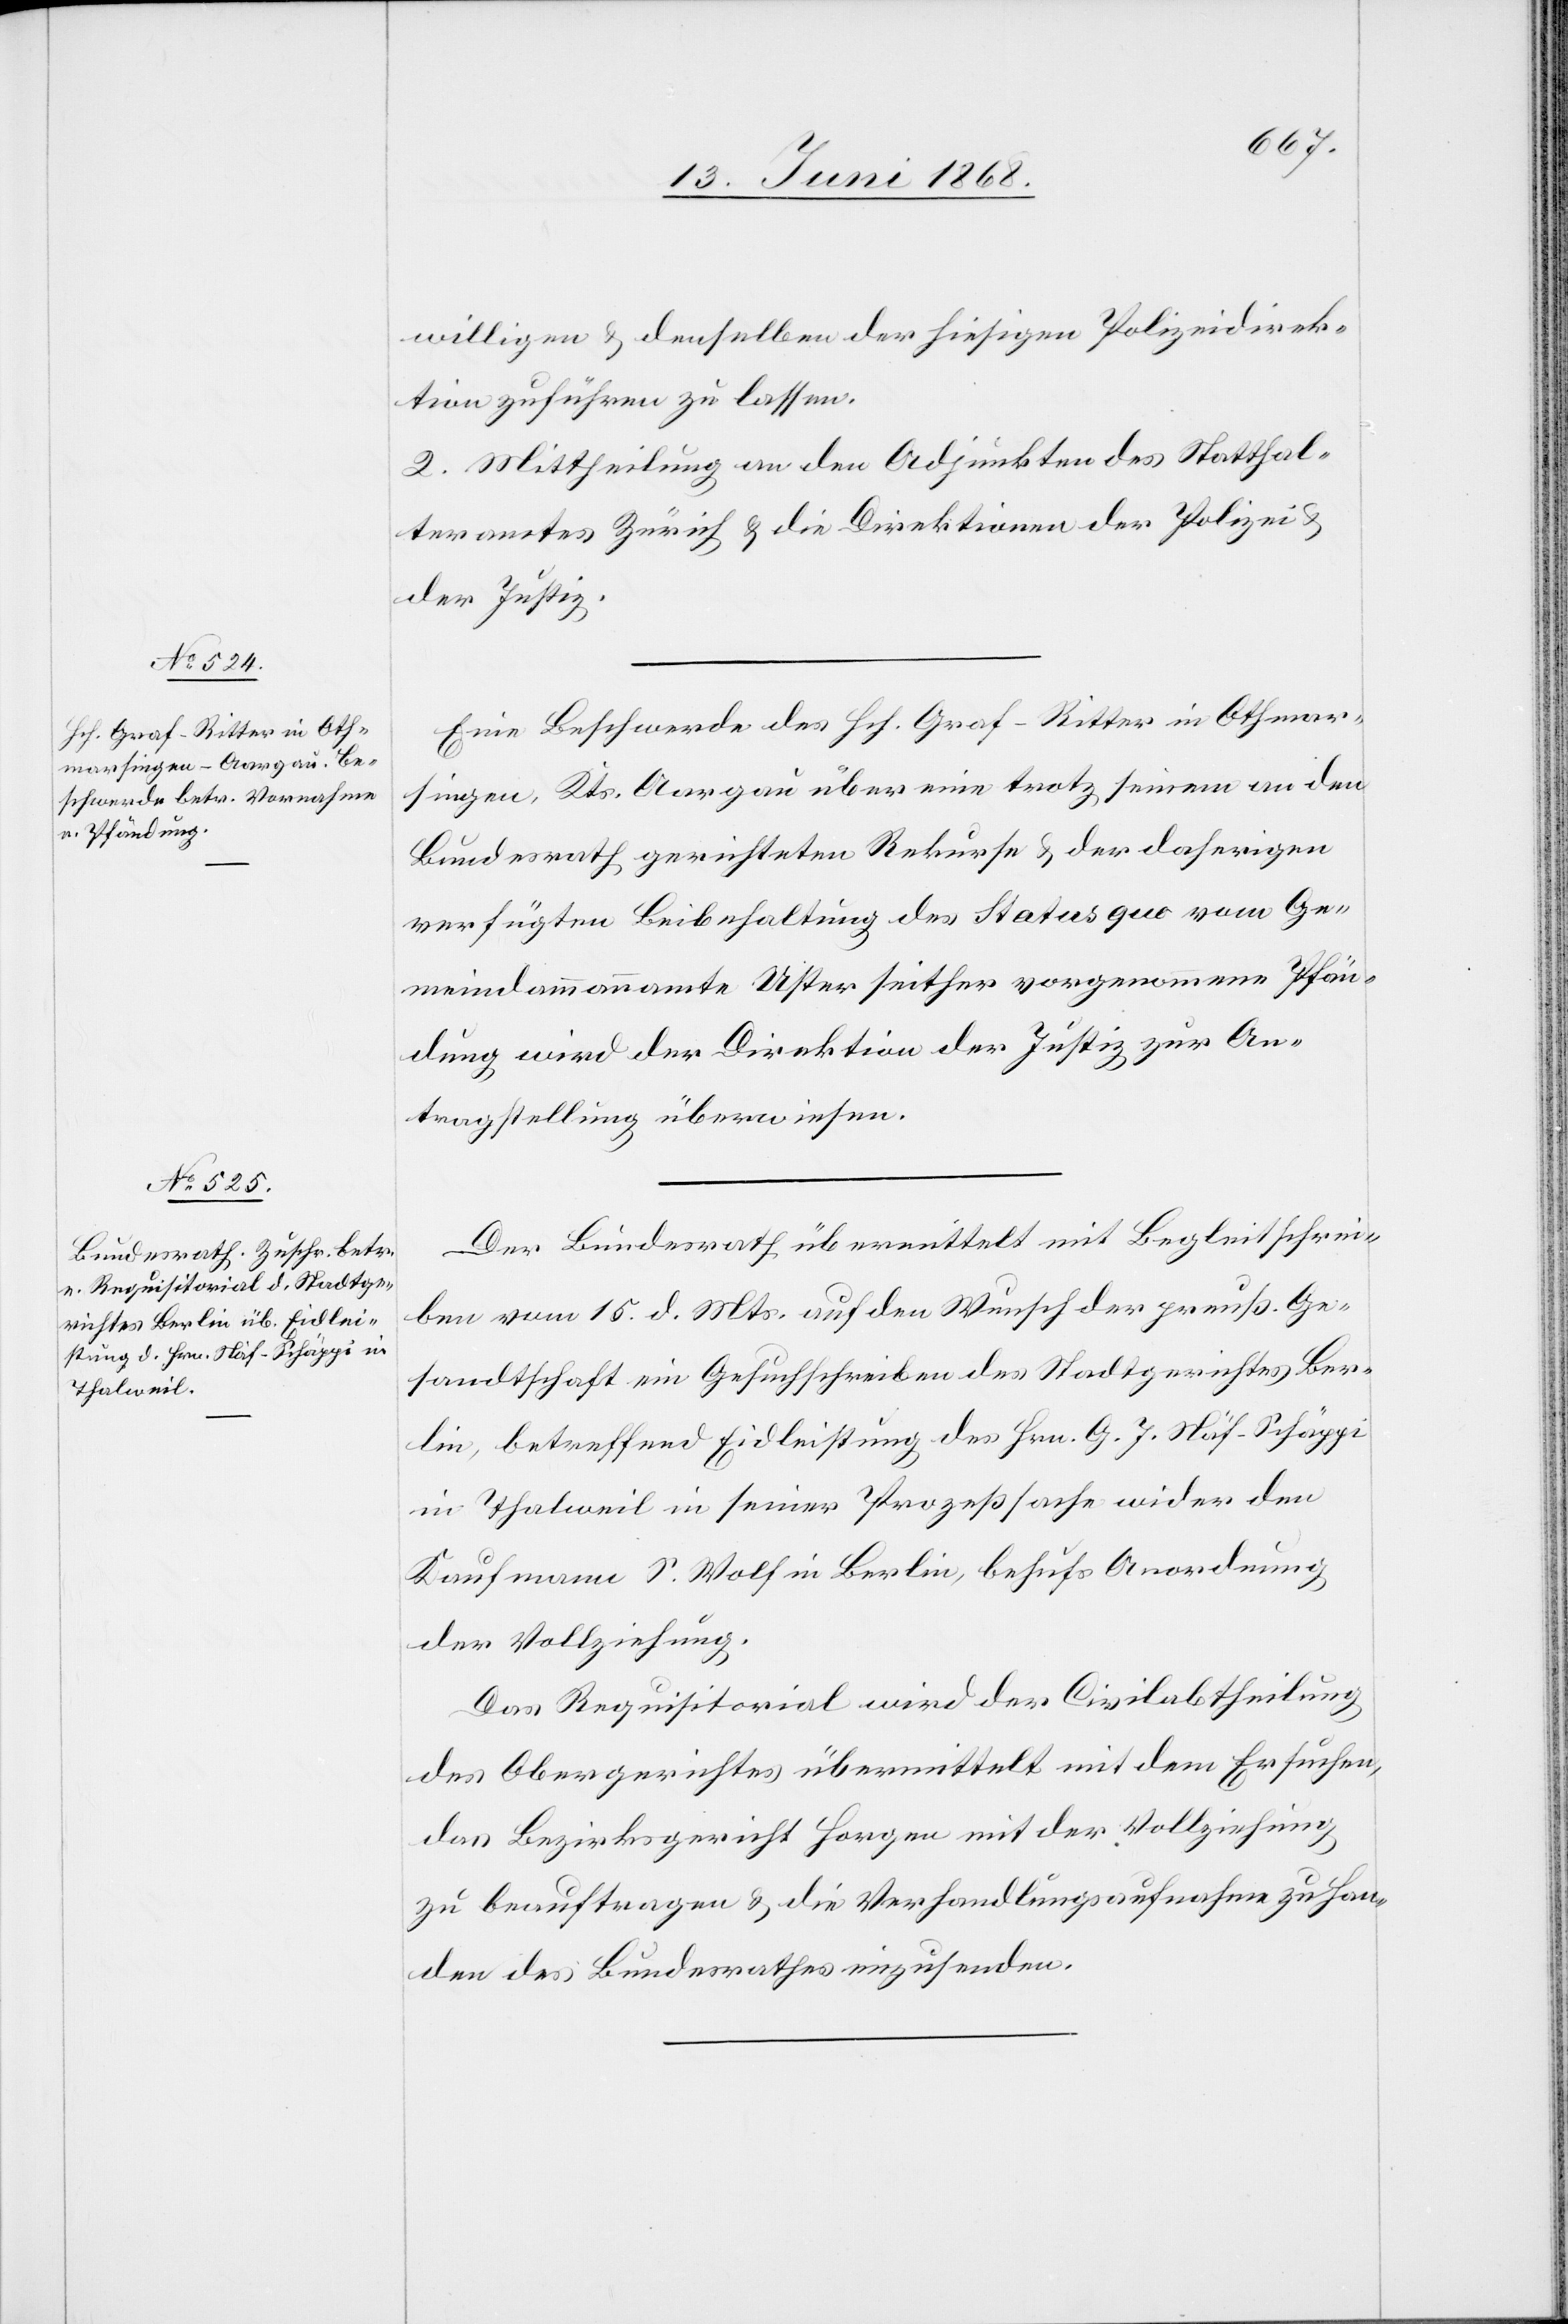
16. Juni 1868.]
willigen & denselben der hiesigen Polizeidirek¬
tion zuführen zu lassen.
2. Mittheilung an den Adjunkten des Statthal¬
teramtes Zürich & die Direktionen der Polizei &
der Justiz.
Eine Beschwerde des Hch. Graf-Ritter in Othmar¬
singen, Kts. Aargau über eine trotz seinem an den
Bundesrath gerichteten Rekurse & der daherigen
verfügten Beibehaltung des Status quo vom Ge¬
meindammannamte Uster seither vorgenommene Pfän¬
dung wird der Direktion der Justiz zur An¬
tragstellung überwiesen.
Der Bundesrath übermittelt mit Begleitschrei¬
ben vom 15. d. Mts. auf den Wunsch der preuß. Ge¬
sandtschaft ein Gesuchschreiben des Stadtgerichtes Ber¬
lin, betreffend Eidleistung des Hrn. G. J. Näf-Schäppi
in Thalweil in seiner Prozeßsache wider den
Kaufmann S. Wolf in Berlin, behufs Anordnung
der Vollziehung.
Das Requisitorial wird der Civilabtheilung
des Obergerichtes übermittelt mit dem Ersuchen,
das Bezirksgericht Horgen mit der Vollziehung
zu beauftragen & die Verhandlungsaufnahme zu Han¬
den des Bundesrathes einzusenden.